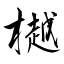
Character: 樾